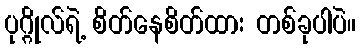
ပုဂ္ဂိုလ်ရဲ့ စိတ်နေစိတ်ထား တစ်ခုပါပဲ။